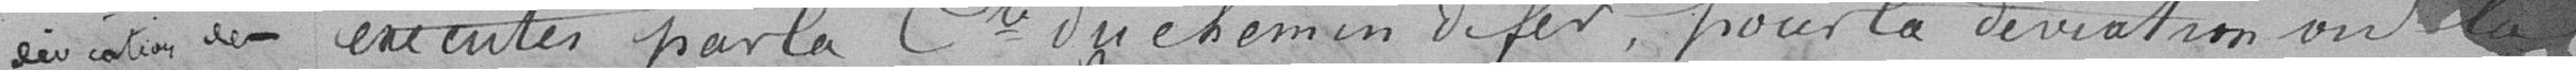
déviation  des exécutés par la Compagnie des Chemins de fer, pour la déviation ou la